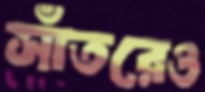
সাঁতরেও